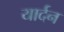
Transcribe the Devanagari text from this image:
यार्दन